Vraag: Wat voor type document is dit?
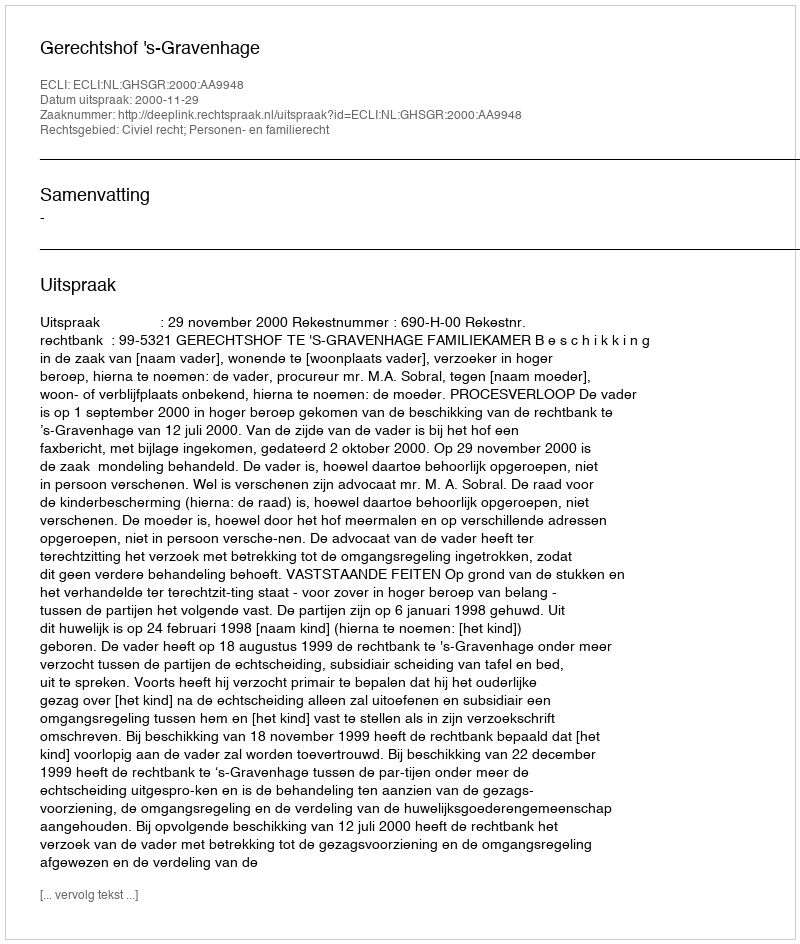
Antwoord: Uitspraak